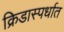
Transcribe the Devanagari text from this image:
क्रिडास्पर्धात